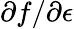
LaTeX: \partial f/\partial\epsilon